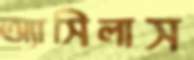
অ্যাসিলাস